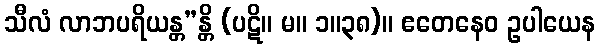
သီလံ လာဘပရိယန္တ”န္တိ (ပဋိ။ မ။ ၁။၃၈)။ ဧတေနေဝ ဥပါယေန